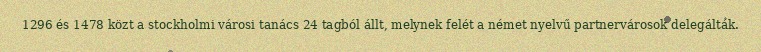
1296 és 1478 közt a stockholmi városi tanács 24 tagból állt, melynek felét a német nyelvű partnervárosok delegálták.